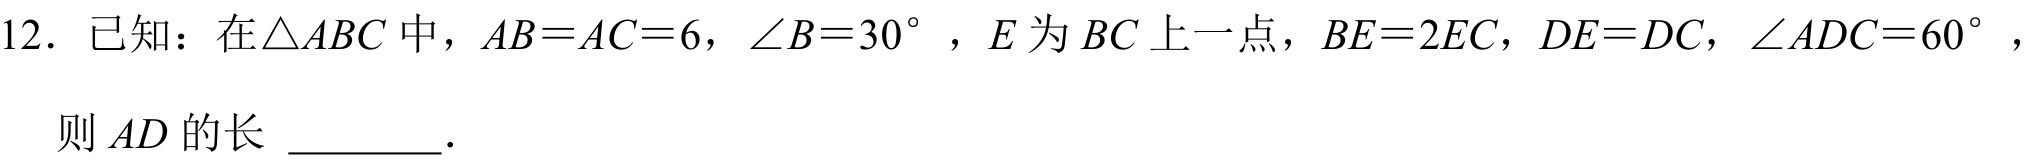
12. 已知：在\(\triangle ABC\)中，\(AB = AC = 6\)，\(\angle B = 30^{\circ}\)，\(E\)为\(BC\)上一点，\(BE = 2EC\)，\(DE = DC\)，\(\angle ADC = 60^{\circ}\)，
则\(AD\)的长 \_\_\_\_\_ 。